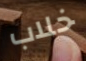
خلاب